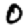
Digit: 0